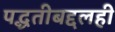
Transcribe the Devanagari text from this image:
पद्धतीबद्दलही